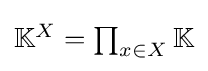
{\textstyle \mathbb {K} ^{X}=\prod _{x\in X}\mathbb {K} }